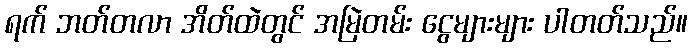
ရက် ဘတ်တလာ အိတ်ထဲတွင် အမြဲတမ်း ငွေများများ ပါတတ်သည်။